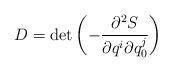
LaTeX: \begin{align*}D = \det \left( - \frac{\partial ^2 S }{\partial q^i \partial q^j_0 } \right) \end{align*}